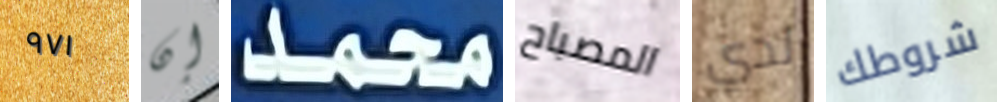
٩٧١ إن محمد المصباح لدي شروطك